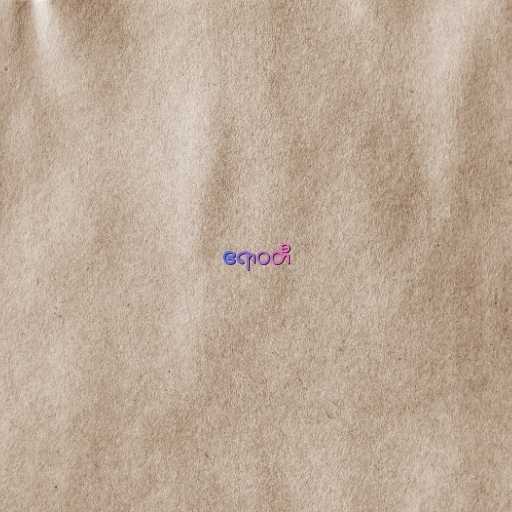
ဧရာဝတီ